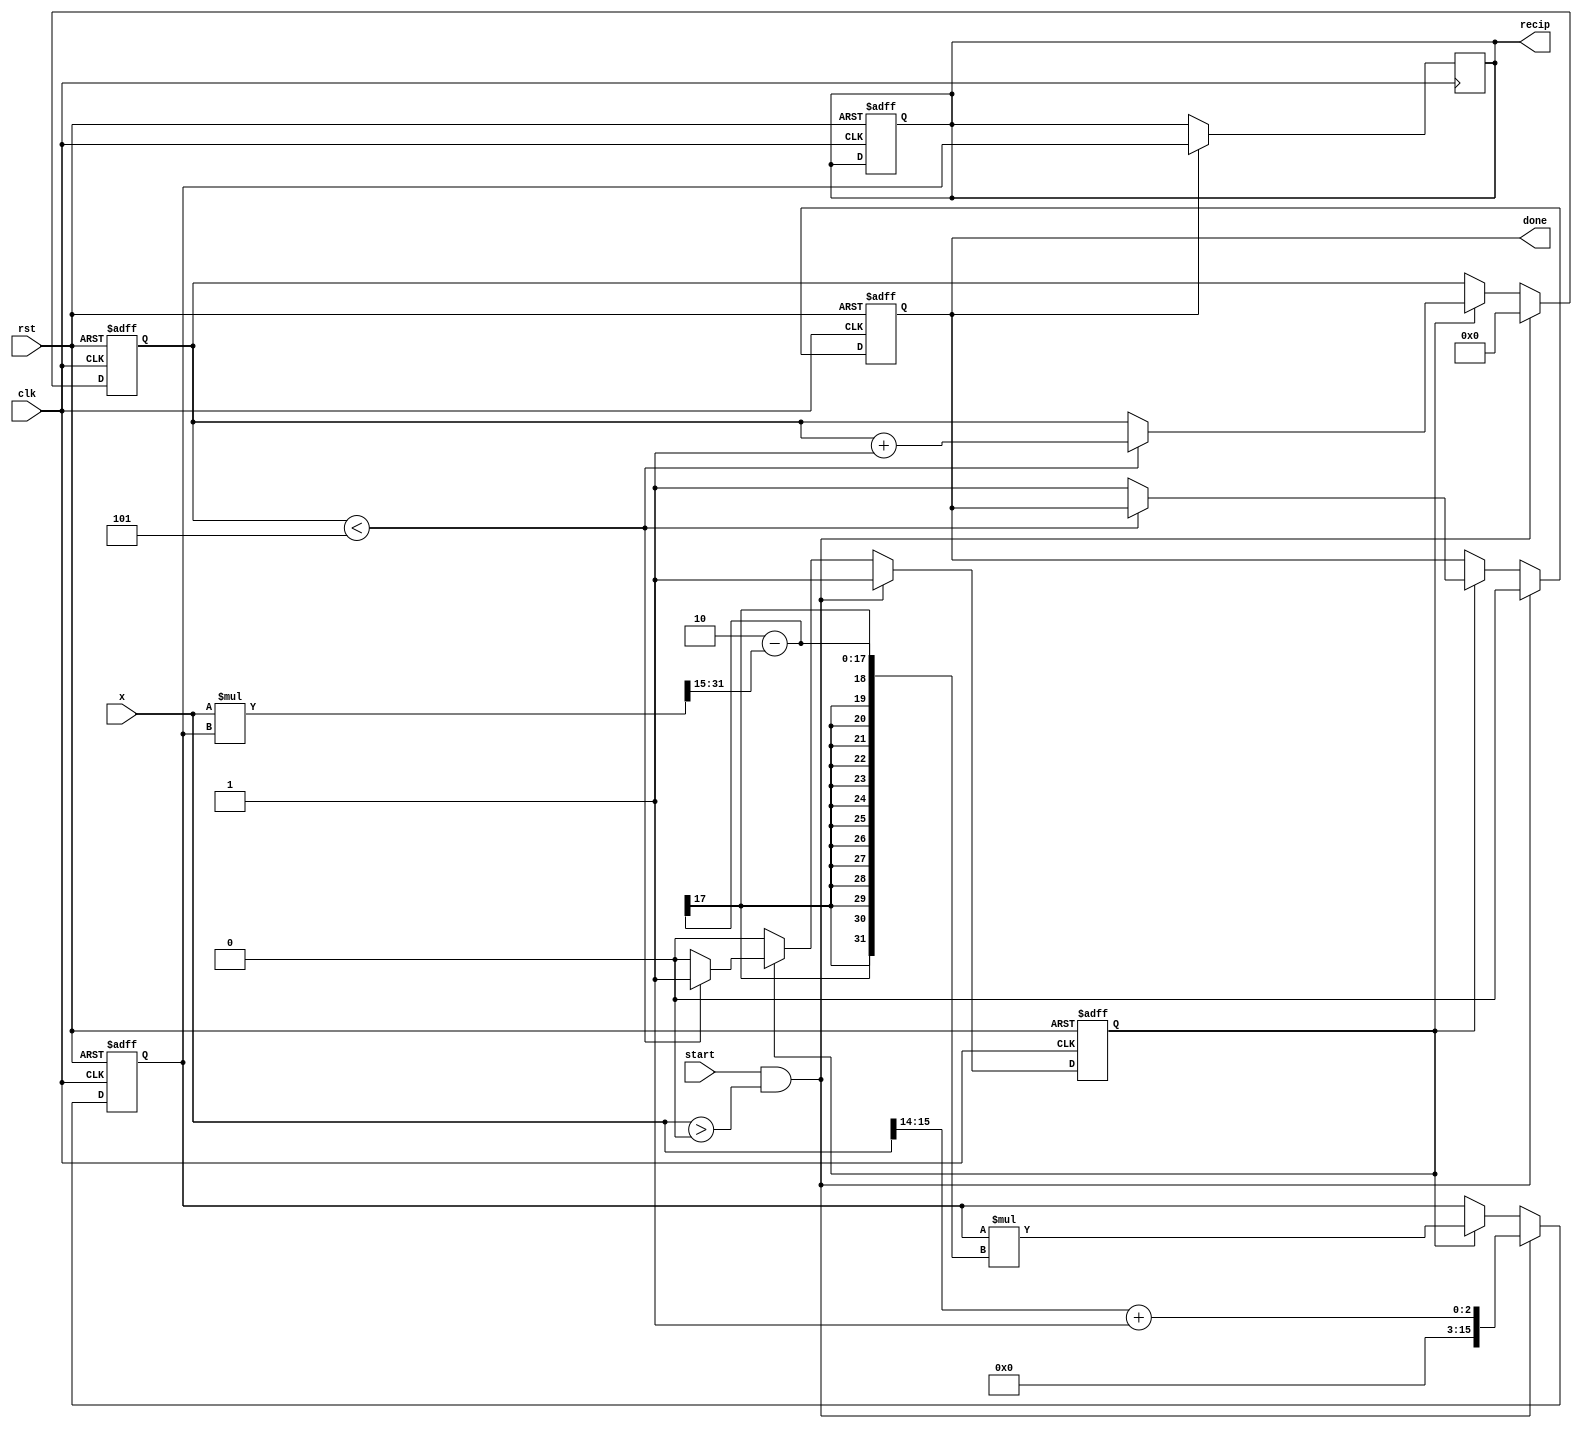
module iterative_reciprocal #(
    parameter N = 16,            // Width of the input and output
    parameter MAX_ITER = 5,      // Maximum number of iterations
    parameter THRESHOLD = 16'h1   // Convergence threshold
)(
    input wire clk,
    input wire rst,
    input wire [N-1:0] x,       // Input value (must be > 0)
    input wire start,            // Start signal for the computation
    output reg [N-1:0] recip,    // Output reciprocal (1/x)
    output reg done              // Done signal indicates completion
);

    reg [N-1:0] guess;           // Current guess for the reciprocal
    reg [N-1:0] error;           // Error calculation
    reg [3:0] iter_count;        // Iteration counter
    reg valid_input;             // Valid input flag

    always @(posedge clk or posedge rst) begin
        if (rst) begin
            recip <= 0;
            guess <= 0;
            error <= 0;
            iter_count <= 0;
            done <= 0;
            valid_input <= 0;
        end else begin
            if (start && (x > 0)) begin
                // Initial guess (using a simple method)
                guess <= {1'b0, x[N-1:N-2]} + 1'b1;  // Initial guess can be refined
                iter_count <= 0;
                done <= 0;
                valid_input <= 1;
            end else if (valid_input) begin
                // Iterative process
                error <= (guess * x) >> (N-1); // Calculate error = guess * x - 1
                error <= error - (1 << (N-1)); // Adjust error to be centered around 0

                // Update guess using Newton-Raphson formula
                guess <= guess * (2 - (x * guess >> (N-1)));

                // Check for convergence
                if (iter_count < MAX_ITER) begin
                    iter_count <= iter_count + 1;
                end else begin
                    done <= 1; // Signal done after max iterations
                    valid_input <= 0; // Reset valid input flag
                end
            end
        end
    end

    always @(posedge clk) begin
        if (done) begin
            recip <= guess; // Register final guess as output
        end
    end

endmodule